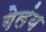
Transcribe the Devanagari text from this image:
गेलंय